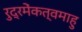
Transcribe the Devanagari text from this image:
रुद्रमेंकत्वमाहु